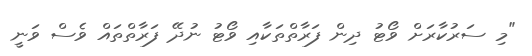
"މި ސަރުކާރަށް ވޯޓު ދިން ފަރާތްތަކާއި ވޯޓު ނުދޭ ފަރާތްތައް ވެސް ވަނީ